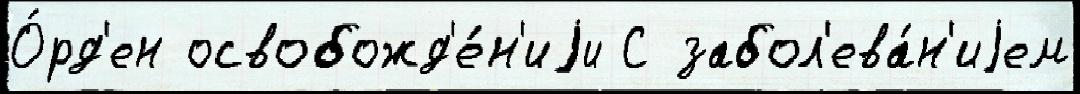
О́рд'ен освобожд'е́н'иjи С забол'ева́н'иjем